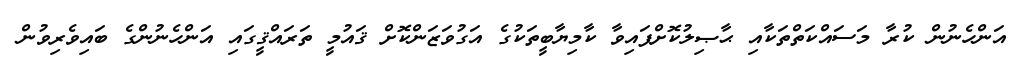
އަންހެނުން ކުރާ މަސައްކަތްތަކާއި ޙާޞިލުކޮށްފައިވާ ކާމިޔާބީތަކުގެ އަގުވަޒަންކޮށް ޤައުމީ ތަރައްޤީގައި އަންހެނުންގެ ބައިވެރިވުން